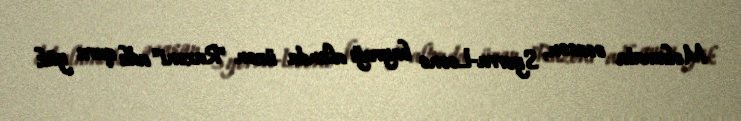
Məlumata əsasən, Syerra-Leone bayrağı altında üzən "Razoni" adlı quru yük